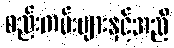
စည်းကမ်းများနှင့်အညီ